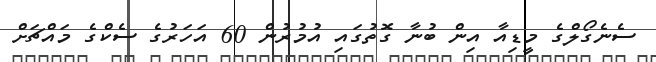
ސެނެގޯލްގެ މީޑިއާ އިން ބުނާ ގޮތުގައި އުމުރުން 60 އަހަރުގެ ސެކްގެ މައްޗަށް